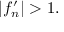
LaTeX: | f _ { n } ^ { \prime } | > 1 .